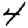
Digit: 4